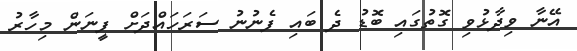
އޭނާ ވިދާޅުވި ގޮތުގައި ބޮޑު ދެ ބައި ފެނުނު ސަރަހައްދަށް ފީނަން މިހާރު